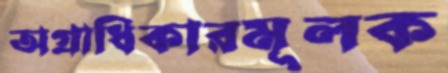
অগ্রাধিকারমূলক